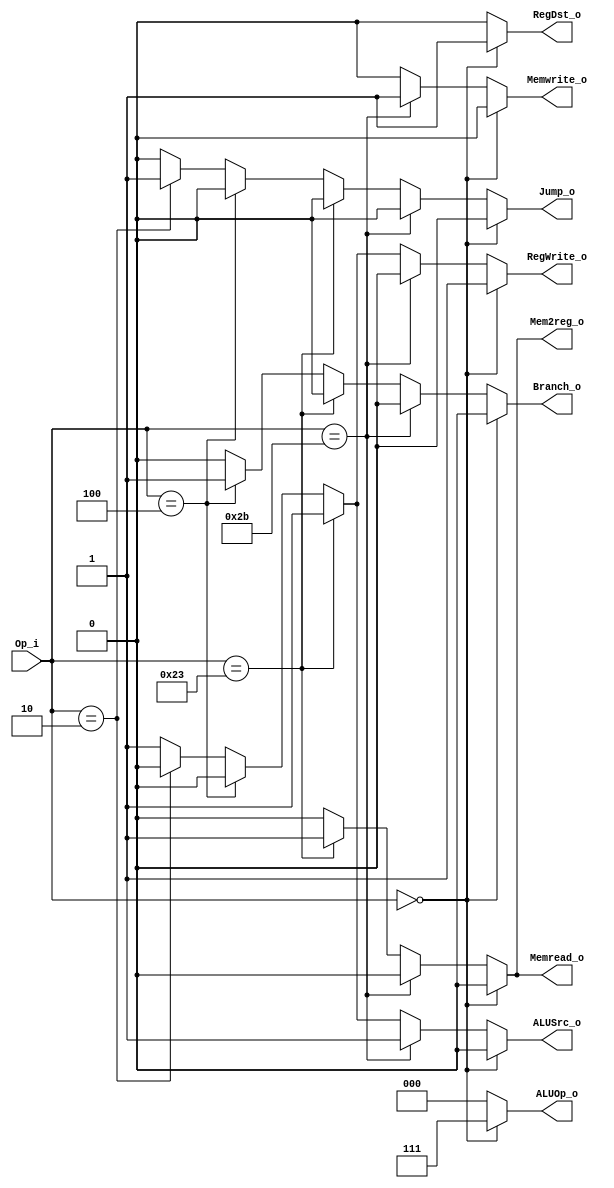
module Control(
	Op_i,
	RegDst_o,
	ALUOp_o,
	ALUSrc_o,
	RegWrite_o,
	Memread_o,
	Memwrite_o,
	Mem2reg_o,
	Branch_o,
	Jump_o
);

input [5:0] Op_i;
output reg RegDst_o;
output reg [2:0] ALUOp_o;
output reg ALUSrc_o;
output reg RegWrite_o;
output reg Memread_o;
output reg Memwrite_o;
output reg Mem2reg_o;
output reg Branch_o;
output reg Jump_o;

always@(*) begin
	if(Op_i == 6'b000000) begin
		RegDst_o <= 1'b1; // write to rd
		ALUOp_o <= 3'b111; // R_type
		ALUSrc_o <= 1'b0;
		RegWrite_o <= 1'b1;
		Memread_o <= 1'b0;
		Memwrite_o <= 1'b0;
		Mem2reg_o <= 1'b0;
		Branch_o <= 1'b0;
		Jump_o <= 1'b0;
	end
	else if(Op_i == 6'b101011) begin //save word
		RegDst_o <= 1'b0; // don't care
		ALUOp_o <= 3'b000; // Add
		ALUSrc_o <= 1'b1; // use immediate
		RegWrite_o <= 1'b0;
		Memread_o <= 1'b0;
		Memwrite_o <= 1'b1;
		Mem2reg_o <= 1'b0;
		Branch_o <= 1'b0;
		Jump_o <= 1'b0;	
	end
	else if(Op_i == 6'b100011) begin // load word
		RegDst_o <= 1'b0; // don't care
		ALUOp_o <= 3'b000; // Add
		ALUSrc_o <= 1'b1; // use immediate
		RegWrite_o <= 1'b1;
		Memread_o <= 1'b1;
		Memwrite_o <= 1'b0;
		Mem2reg_o <= 1'b1;
		Branch_o <= 1'b0;
		Jump_o <= 1'b0;
	end
	else if(Op_i == 6'b000100) begin //beq instr
		RegDst_o <= 1'b0; //don't care
		ALUOp_o <= 3'b000; //we slove the compare in ID stage, so we put a don't care here
		ALUSrc_o <= 1'b0;
		RegWrite_o <= 1'b0;
		Memread_o <= 1'b0;
		Memwrite_o <= 1'b0;
		Mem2reg_o <= 1'b0; //don't care
		Branch_o <= 1'b1;
		Jump_o <= 1'b0;
	end
	else if(Op_i == 6'b000010) begin //j instr
		RegDst_o <= 1'b0; //don't care
		ALUOp_o <= 3'b000; //don't care
		ALUSrc_o <= 1'b0; //dc
		RegWrite_o <= 1'b0;
		Memread_o <= 1'b0;
		Memwrite_o <= 1'b0;
		Mem2reg_o <= 1'b0; //dc
		Branch_o <= 1'b0;
		Jump_o <= 1'b1;
	end
	else begin // addi
		RegDst_o <= 1'b0; // write to rt
		ALUOp_o <= 3'b000; // Add
		ALUSrc_o <= 1'b1; // use immediate
		RegWrite_o <= 1'b1;
		Memread_o <= 1'b0;
		Memwrite_o <= 1'b0;
		Mem2reg_o <= 1'b0;
		Branch_o <= 1'b0;
		Jump_o <= 1'b0;
	end
end

endmodule